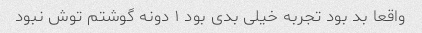
واقعا بد بود تجربه خیلی بدی بود ۱ دونه گوشتم توش نبود